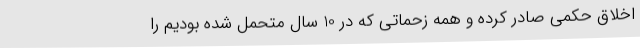
اخلاق حکمی صادر کرده و همه زحماتی که در 10 سال متحمل شده بودیم را